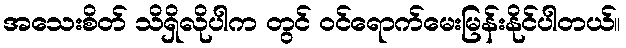
အသေးစိတ် သိရှိလိုပါက တွင် ဝင်ရောက်မေးမြန်းနိုင်ပါတယ်။